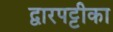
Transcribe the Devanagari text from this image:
द्वारपट्टीका